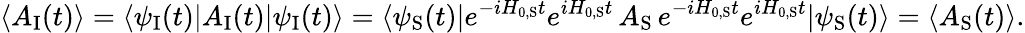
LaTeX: \langle A_{\mathrm{I}}(t)\rangle=\langle\psi_{\mathrm{I}}(t)|A_{\mathrm{I}}(t)|\psi_{\mathrm{I}}(t)\rangle=\langle\psi_{\mathrm{S}}(t)|e^{-iH_{0,{\mathrm{S}}}t}e^{iH_{0,{\mathrm{S}}}t}\, A_{\mathrm{S}}\, e^{-iH_{0,{\mathrm{S}}}t}e^{iH_{0,{\mathrm{S}}}t}|\psi_{\mathrm{S}}(t)\rangle=\langle A_{\mathrm{S}}(t)\rangle.